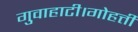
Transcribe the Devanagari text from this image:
गुवाहाटी।गोहत्ती